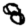
Digit: 8